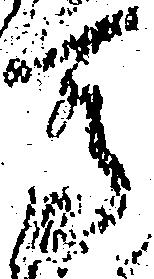
馬